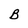
Character: B